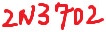
Text: 2N3702